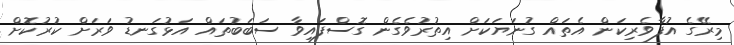
މިރޭގެ އުފާވެރިކަން އެތައް ގުނަޔަކަށް އިތުރުވެގެން ގޮސްފައިވާ ސަބަބުތައް އަޅުގަނޑު ވަރަށް ކުރުކޮށް